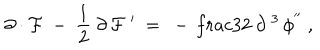
\partial \cdot { \cal F } \ - \ \frac { 1 } { 2 } \ \partial \, { \cal F } \; ^ { \prime } \ = \ - \, \frac { 3 } { 2 } \ \partial ^ { \; 3 } \, \phi ^ { ' ^ { \prime } } \ ,